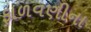
ફાળવણીના